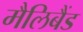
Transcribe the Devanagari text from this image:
मैलिबैंड